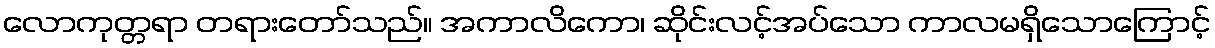
လောကုတ္တရာ တရားတော်သည်။ အကာလိကော၊ ဆိုင်းလင့်အပ်သော ကာလမရှိသောကြောင့်